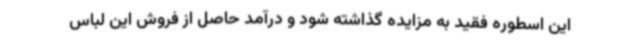
این اسطوره فقید به مزایده گذاشته شود و درآمد حاصل از فروش این لباس